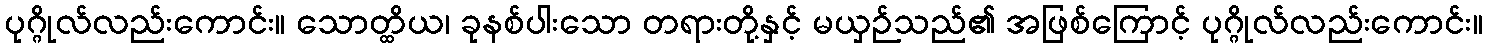
ပုဂ္ဂိုလ်လည်းကောင်း။ သောတ္ထိယ၊ ခုနစ်ပါးသော တရားတို့နှင့် မယှဉ်သည်၏ အဖြစ်ကြောင့် ပုဂ္ဂိုလ်လည်းကောင်း။